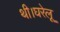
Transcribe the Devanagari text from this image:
थी।घरेलू